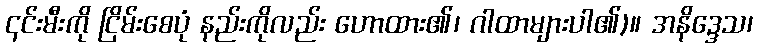
၎င်းမီးကို ငြိမ်းစေပုံ နည်းကိုလည်း ဟောထား၏၊ ဂါထာများပါ၏)။ အနိဒ္ဒေသ၊